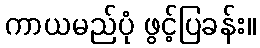
ကာယမည်ပုံ ဖွင့်ပြခန်း။